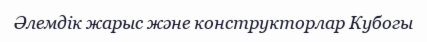
Әлемдік жарыс және конструкторлар Кубогы